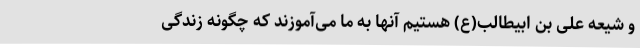
و شیعه علی بن ابیطالب(ع) هستیم آنها به ما می‌آموزند که چگونه زندگی